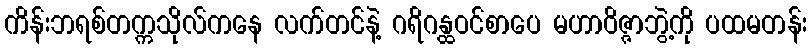
ကိန်းဘရစ်တက္ကသိုလ်ကနေ လက်တင်နဲ့ ဂရိဂန္ထဝင်စာပေ မဟာဝိဇ္ဇာဘွဲ့ကို ပထမတန်း